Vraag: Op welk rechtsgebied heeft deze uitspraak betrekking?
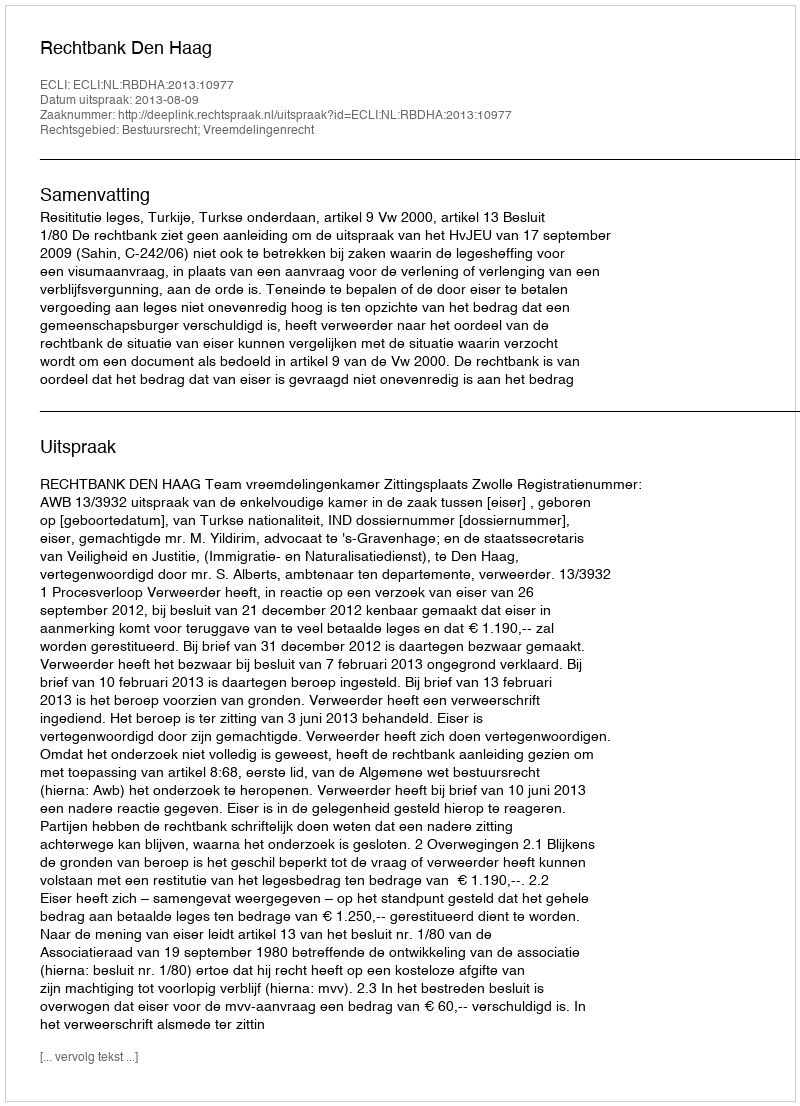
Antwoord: Bestuursrecht; Vreemdelingenrecht